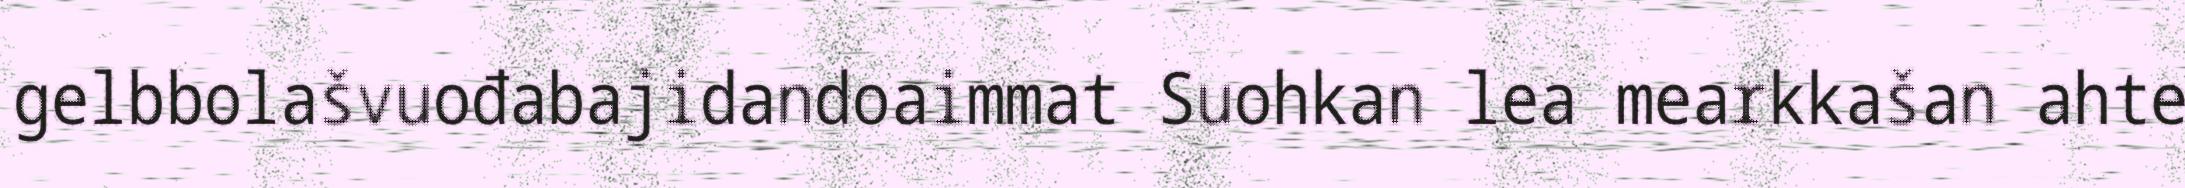
gelbbolašvuođabajidandoaimmat Suohkan lea mearkkašan ahte